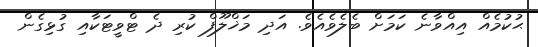
ޙުކުމެއް އިއްވާނެ ކަމަށް ބެލެވެއެވެ. އަދި މަޚްލޫފް ކުރި ދެ ޓްވީޓަކާއި ގުޅިގެން